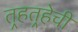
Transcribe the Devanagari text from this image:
तर्‍हतर्‍हेची